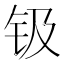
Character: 钑